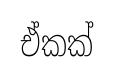
ඒකක්